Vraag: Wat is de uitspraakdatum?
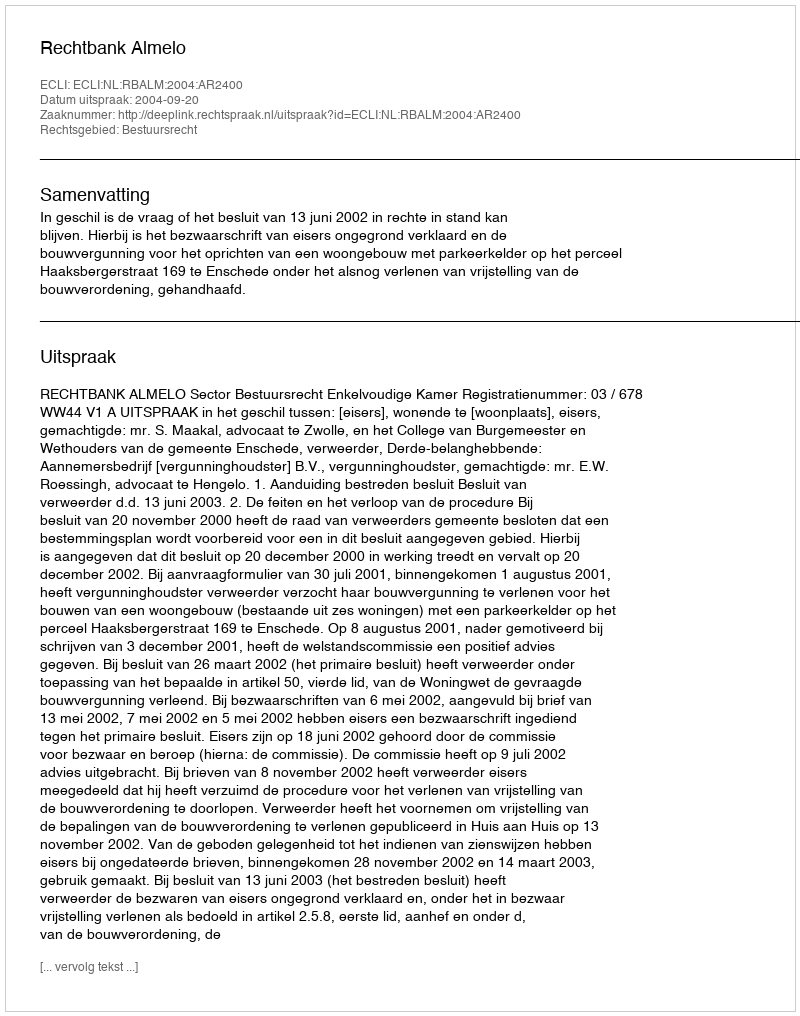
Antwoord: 2004-09-20